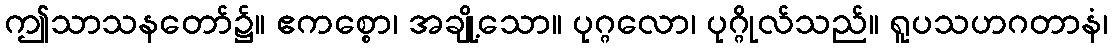
ဤသာသနတော်၌။ ဧကစ္စော၊ အချို့သော။ ပုဂ္ဂလော၊ ပုဂ္ဂိုလ်သည်။ ရူပသဟဂတာနံ၊